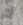
لا